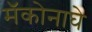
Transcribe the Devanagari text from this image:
मॅकोनाघे